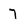
Character: 7